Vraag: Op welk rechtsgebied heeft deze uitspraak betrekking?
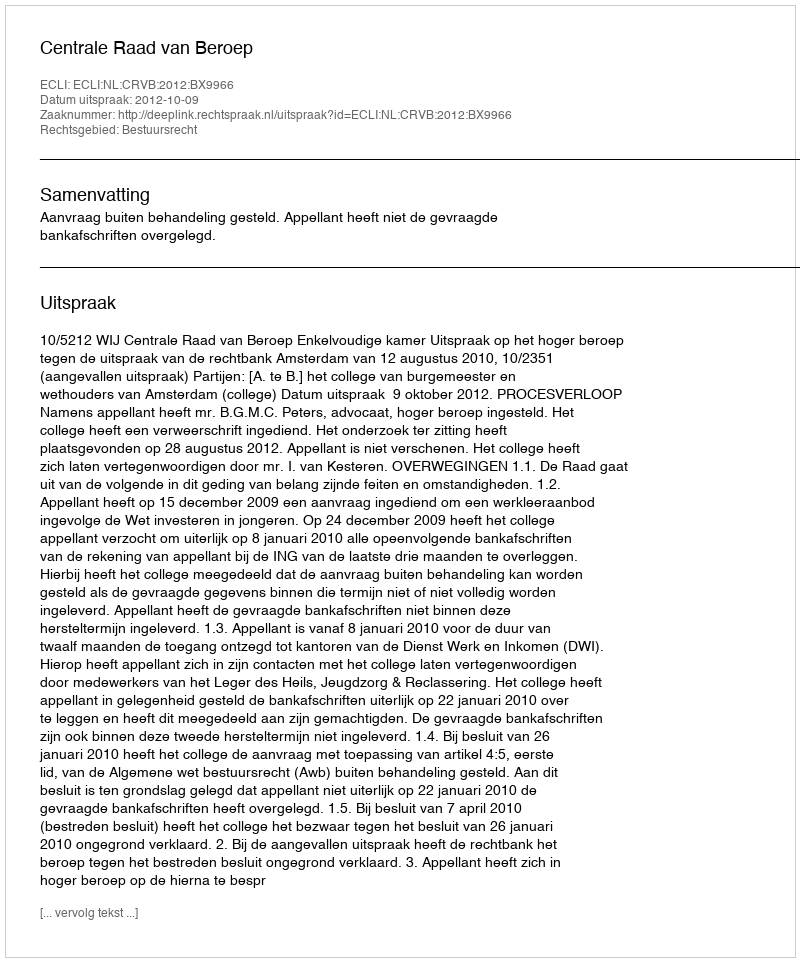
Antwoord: Bestuursrecht